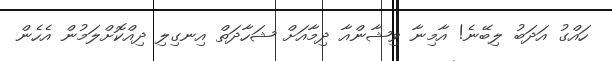
ހައްްގު އަދަބު ލިބޭނެ! އާމިނާ ވިޝާންއާ ދިމާއަށް ޝަހާދަތް އިނގިލި ދިއްކޮށްލަމުން އެހެން